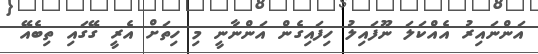
އަންނައިރު އެއްކަލަ ނޫފައިލު ހިފައިގެން އަންނާނީ މި ހިތަށް އެރީ ގޭގައި ތިބެއޭ